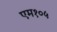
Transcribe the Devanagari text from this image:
एम१०५